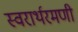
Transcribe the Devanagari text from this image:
स्वरार्थरमणी